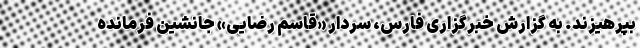
بپرهیزند. به گزارش خبرگزاری فارس، سردار «قاسم رضایی» جانشین فرمانده